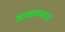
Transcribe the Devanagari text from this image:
आळवणारा